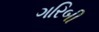
ગરિબી